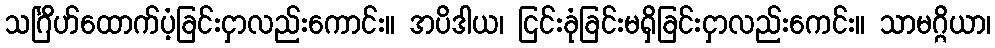
သင်္ဂြိဟ်ထောက်ပံ့ခြင်းငှာလည်းကောင်း။ အပိဒါယ၊ ငြင်းခုံခြင်းမရှိခြင်းငှာလည်းကေင်း။ သာမဂ္ဂိယာ၊